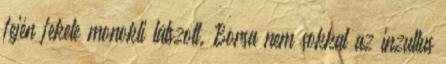
fején fekete monokli látszott. Borsa nem sokkal az inzultus